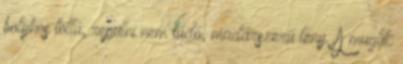
bolyhos tollú, repülni nem tudó, madárszerű lény. A muglik